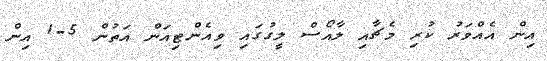
އިން އެއްވަރު ކުރި މެޗާއި ލާއޯސް ލީގުގައި ވިއެންޓިއަން އަތުން 5-1 އިން